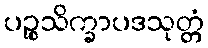
ပဉ္စသိက္ခာပဒသုတ္တံ